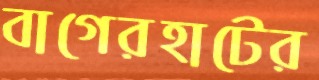
বাগেরহাটের